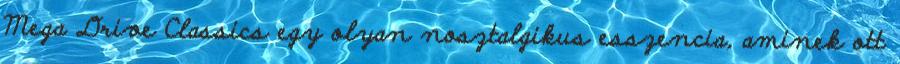
Mega Drive Classics egy olyan nosztalgikus esszencia, aminek ott